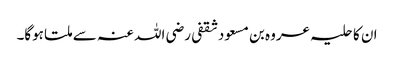
ان کا حلیہ عروہ بن مسعود ثقفی رضی اللہ عنہ سے ملتا ہوگا۔